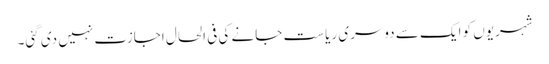
شہریوں کو ایک سے دوسری ریاست جانے کی فی الحال اجازت نہیں دی گئی۔